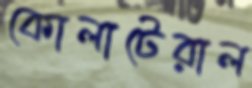
কোলাটেরাল